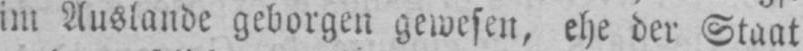
im Auslande geborgen gewesen, ehe der Staat